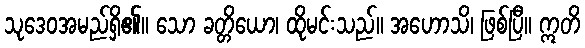
သုဒေဝအမည်ရှိ၏။ သော ခတ္တိယော၊ ထိုမင်းသည်။ အဟောသိ၊ ဖြစ်ပြီ။ ဣတိ